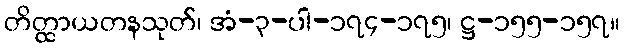
တိတ္ထာယတနသုတ်၊ အံ-၃-ပါ-၁၇၄-၁၇၅၊ ဋ္ဌ-၁၅၅-၁၅၇။